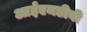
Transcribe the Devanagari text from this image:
आईएमडीबी